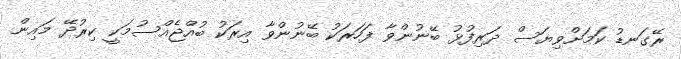
ރޭގަނޑު ކަމަށްވިޔަސް ދަރިފުޅު ބޭނުންވާ ފަހަރަކު ބޭނުންވާ އިރަކު ބުއްޖެއްސުމަކީ ކިރުދޭ މައިން